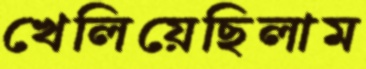
খেলিয়েছিলাম